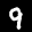
Label: 9